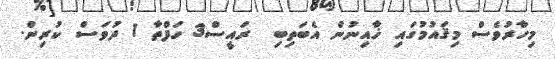
މިހާރުވެސް މިޤައުމުގައި ޚާއިނުން އެބަތިބި  ރައީސް3 ހަފްތާ 1 ދުވަސް ކުރިން.